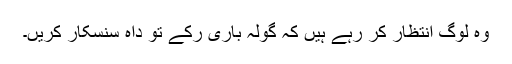
وہ لوگ انتظار کر رہے ہیں کہ گولہ باری رْکے تو داہ سنسکار کریں۔